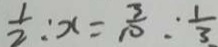
\frac { 1 } { 2 } : x = \frac { 3 } { 1 0 } : \frac { 1 } { 3 }